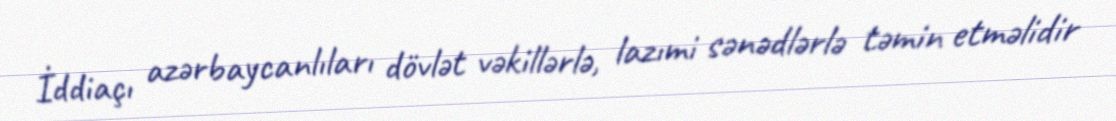
İddiaçı azərbaycanlıları dövlət vəkillərlə, lazımi sənədlərlə təmin etməlidir